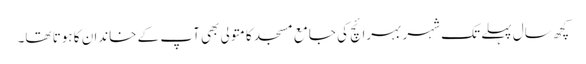
کچھ سال پہلے تک شہر بہرائچ کی جامع مسجد کا متولی بھی آپ کے خاندان کا ہوتا تھا۔